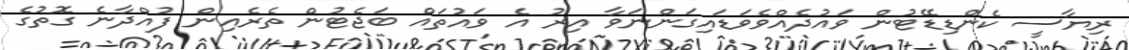
ރިޔާސީ ކެންޑިޑޭޓުން ވައުދެއްވެވަޑައިގަންނަވާ އިރު އެ ވައުތައް ބަޖެޓުން ތެރެއިން ފުއްދާނެ ގޮތުގެ